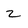
Character: 2